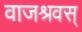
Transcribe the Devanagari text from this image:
वाजश्रवस्